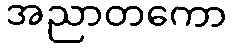
အညာတကော